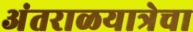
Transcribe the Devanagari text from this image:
अंतराळयात्रेचा